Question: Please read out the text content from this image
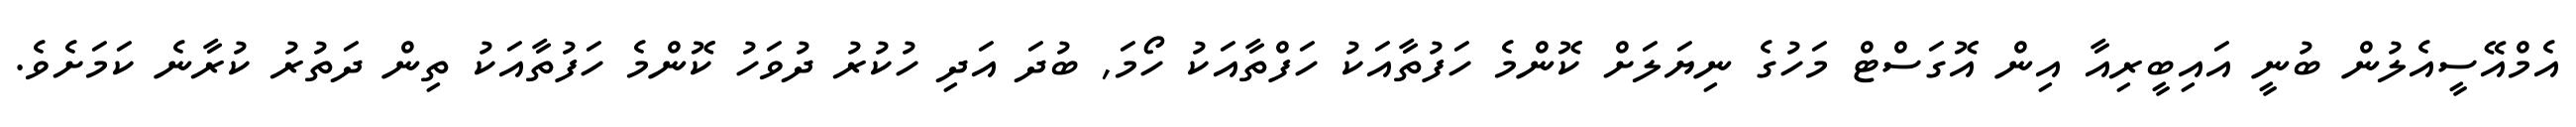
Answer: އެމްއޭސީއެލުން ބުނީ އައިބީރިއާ އިން އޮގަސްޓް މަހުގެ ނިޔަލަށް ކޮންމެ ހަފުތާއަކު ހަފްތާއަކު ހޯމަ, ބުދަ އަދި ހުކުރު ދުވަހު ކޮންމެ ހަފުތާއަކު ތިން ދަތުރު ކުރާނެ ކަމަށެވެ.